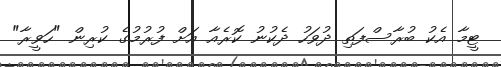
ޓީމާ އެކު ބުރާސްފަތި ދުވަހު ދެކުނު ކޮރެއާ އަށް ފުރުމުގެ ކުރިން "ހަވީރާ"